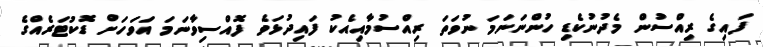
ފައިގެ ރިއްސުން މެދުނުކެޑި ހުންނަނަމަ ނުވަތަ ރިއްސުމާއިއެކު ފައިދުޅަވެ ފޮއްސިވާނަމަ އަވަހަށް ޑޮކުޓަރެއްގެ